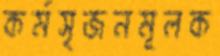
কর্মসৃজনমূলক